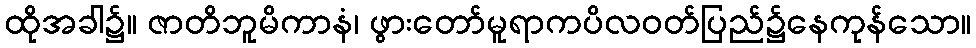
ထိုအခါ၌။ ဇာတိဘူမိကာနံ၊ ဖွားတော်မူရာကပိလဝတ်ပြည်၌နေကုန်သော။